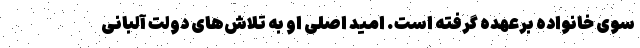
سوی خانواده برعهده گرفته است. امید اصلی او به تلاش‌های دولت آلبانی